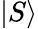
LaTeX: \vert S\rangle